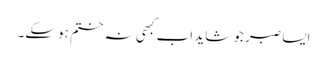
ایسا صبر جو شاید اب کبھی نہ ختم ہوسکے۔